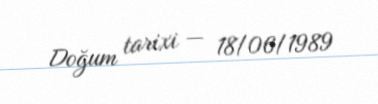
Doğum tarixi — 18/06/1989